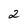
Character: 2